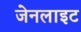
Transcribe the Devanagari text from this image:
जेनलाइट